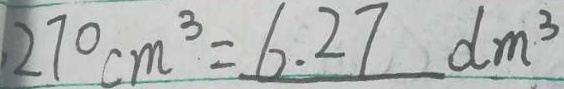
2 7 0 c m ^ { 3 } = 6 . 2 7 d m ^ { 3 }